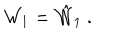
LaTeX: { \cal W } _ { 1 } = \hat { { \cal W } } _ { 1 } \ .